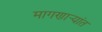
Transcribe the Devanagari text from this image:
मागणार्‍यांत